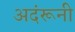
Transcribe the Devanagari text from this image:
अदंरूनी